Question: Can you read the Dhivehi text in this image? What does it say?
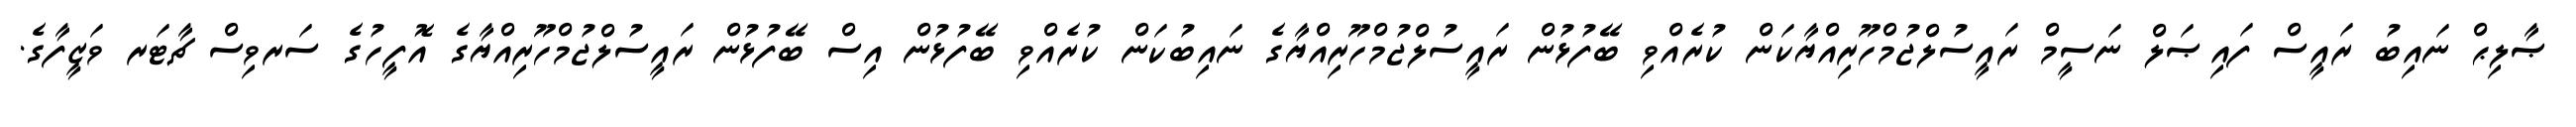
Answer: ޞާލިޙް ނައިބު ރައީސް ފައިޞަލް ނަސީމް ރައީސުލްޖުމްހޫރިއްޔާކަން ކުރެއްވި ބޭފުޅުން ރައީސުލްޖުމްހޫރިއްޔާގެ ނައިބުކަން ކުރެއްވި ބޭފުޅުން އިސް ބޭފުޅުން ރައީސުލްޖުމްހޫރިއްޔާގެ އޮފީހުގެ ސަރވިސް ޗާޓަރ ވަޒީފާގެ.